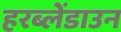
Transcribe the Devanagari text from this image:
हरब्लेंडाउन